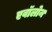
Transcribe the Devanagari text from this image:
एवॉलोन